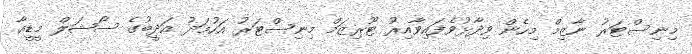
މިނިސްޓަރު ނާޒިމް މިހެން ވިދާޅުވެފައިވާއިރު ޓޫރިޒަމް މިނިސްޓަރު އަހުމަދު އަދީބުގެ ސޯޝަލް މީޑީއާ